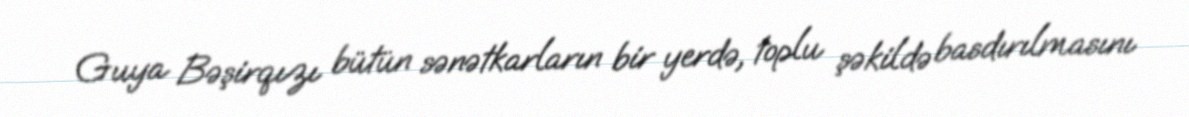
Guya Bəşirqızı bütün sənətkarların bir yerdə, toplu şəkildə basdırılmasını